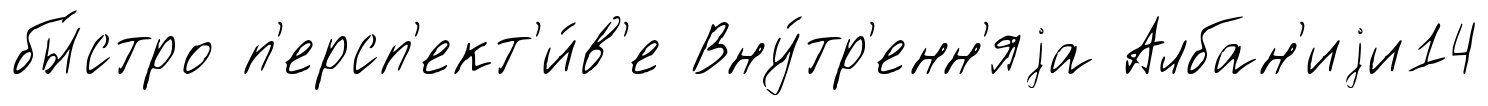
бы́стро п'ерсп'ект'и́в'е Вну́тр'енн'яjа Албан'иjи14